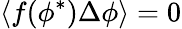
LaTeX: \langle f(\phi^{*}){\Delta\phi}\rangle=0